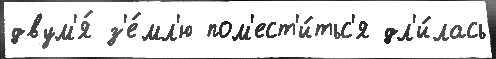
двум'я́ з'е́мл'ю пом'ест'и́тьс'я дл'и́лась